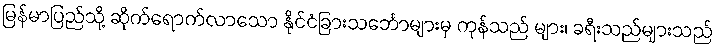
မြန်မာပြည်သို့ ဆိုက်ရောက်လာသော နိုင်ငံခြားသင်္ဘောများမှ ကုန်သည် များ၊ ခရီးသည်များသည်